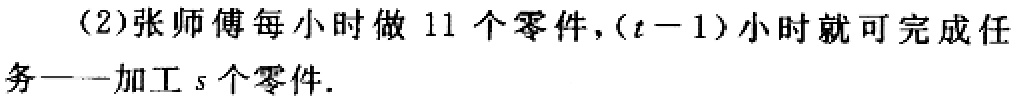
(2)张师傅每小时做 11 个零件，\((t - 1)\)小时就可完成任务——加工\(s\)个零件.